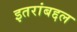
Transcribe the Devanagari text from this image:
इतरांबद्दल